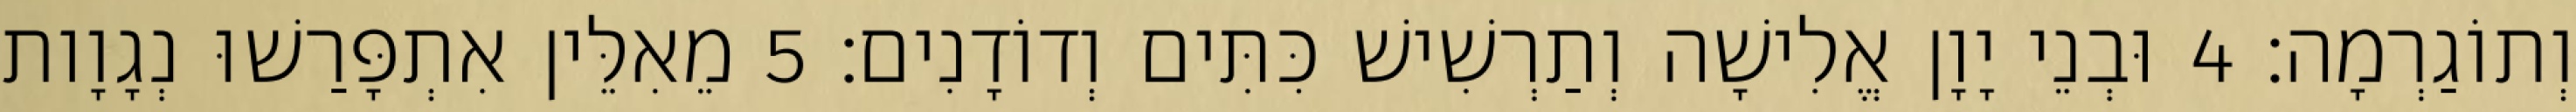
וְתוֹגַרְמָה׃ 4 וּבְנֵי יָוָן אֱלִישָׁה וְתַרְשִׁישׁ כִּתִּים וְדוֹדָנִים׃ 5 מֵאִלֵּין אִתְפָּרַשׁוּ נְגָוָות